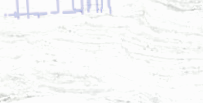
خدمات التنظيف المنزلية ال